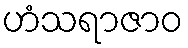
ဟံသရာဇာဝ